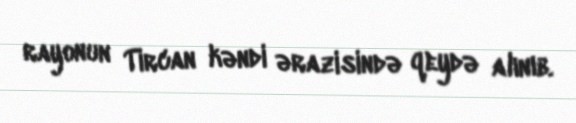
rayonun Tircan kəndi ərazisində qeydə alınıb.